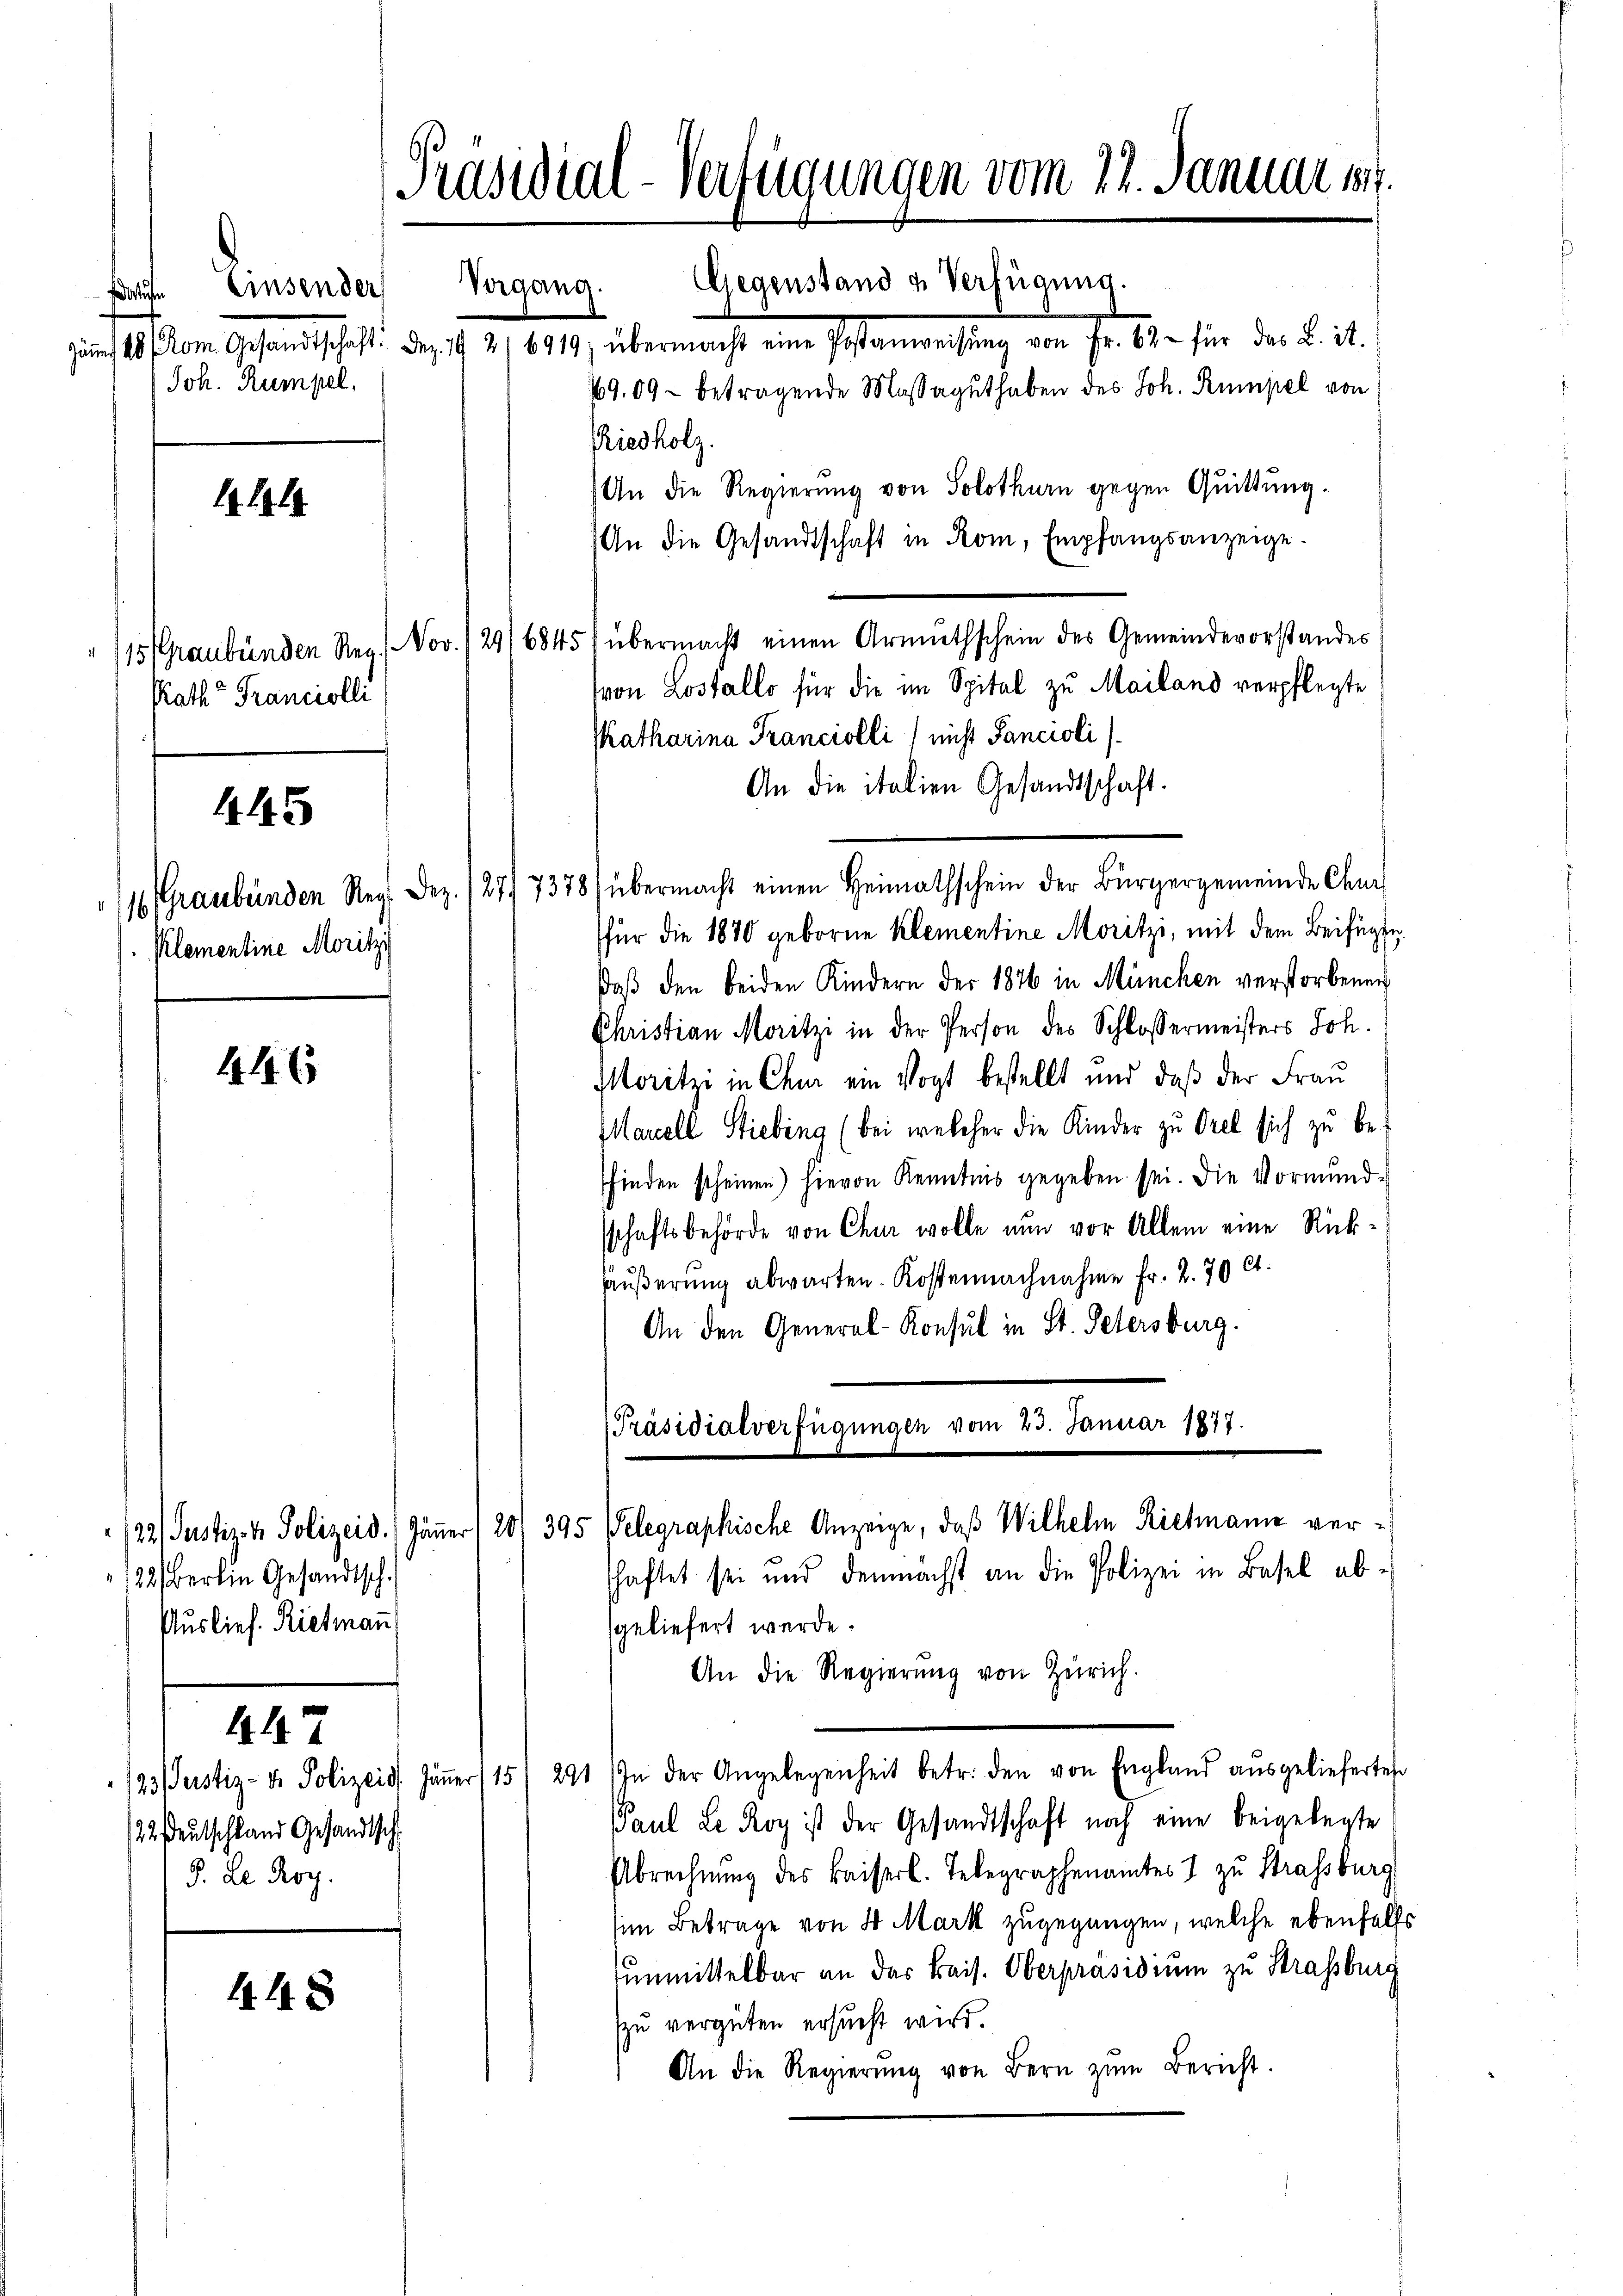
4

Rath Franciolli

445

Klementine Moritzi

446

/22. Justiz- & Polizeid) Jän
122 berein Gesandtsch.
Auslief. Rietmann

447

122. Deutschland Gesandtsch
J. Le Roy.

448

Linsenden
atuten
Joh. Rumpel,

[Präsidial-Verfügungen vom 22. Januar 18

Gegenstand u. Verfügung.
e 48 Rom. Gesandtschaft. Dez. 192. 6919; übermacht eine Postanweisŭng von Fr. 62 für das L. it.
29,09 betragende Massaguthaben des Joh. Rumpel von
Priesholz.
An die Regierung von Solothurn gegen Quittung.
An die Gesandtschaft in Rom, Empfangsanzeige.
15 (Graubünden Reg. Nov. 12916845) übermacht einen Armuthschein des Gemeindevorstandes
(von Lostallo für die im Spital zu Mailand verpflegte
shatharina Francislli) nicht Sancioli
An die italien Gesandtschaft.
1 Graubünden Reg. Dez. 127. 7378) übermacht einen Heimathschein der Bürgergemeinde Chu
für die 1870 geborne Klementine Moritzi, mit dem Beifügen
daß den beiden Kindern der 1876 in München verstorbenen
Christian Moritzi in der Person des Schlossermeisters Joh.
Moritzi in Chm ein Vogt bestellt und daß der Frau
Marcell Stiebing (bei welcher die Kinder zu Orel sich zu besfinden scheinen) hievon Kenntnis gegeben sei. Die Vormund-
sschaftsbehörde von Chur wolle nun vor Allem eine Rück¬
Häußerung abwarten. Kostennachnahme Fr. 2.70 Ct.
An den General-Konsul in St. Petersburg.
[Präsidialverfügungen vom 23. Januar 1877.

Vergang.

schaftet sei und demnächst an die Polizei in Basel abe
geliefert werde.
An die Regierung von Zürich.
/23 Justiz- & Polizeid. Jäṅer 15/ 291 / In der Angelegenheit betr. den von England aŭsgelieferten
Paul Le Roy ist der Gesandtschaft noch eine beigelegte
Abrechnung des Kaiserl. Telegraphenamtes 1 zu Strassburg
sim Betrage von 4 Mark zugegangen, welche ebenfalls
unmittelbar an das Kais. Oberpräsidium zu Strassburg
zu vergüten ersucht wird.
An die Regierŭng von Bern zum Bericht.

er (20/ 395 Pelegraphische Anzeige, daß Wilhelm Riehmann ver¬